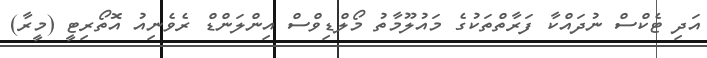
އަދި ޓެކްސް ނުދައްކާ ފަރާތްތަކުގެ މައުލޫމާތު މޯލްޑިވްސް އިންލަންޑް ރެވެނިއު އޮތޯރިޓީ (މީރާ)